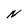
Character: N